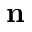
\mathbf { n }